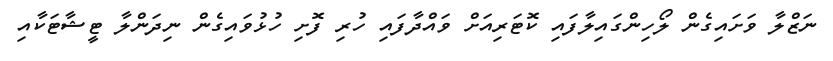
ނަޒްލާ ވަށައިގެން ލޯހިންގައިލާފައި ކޮޓަރިއަށް ވައްދާފައި ހުރި ފޮށި ހުޅުވައިގެން ނިދަންލާ ޓީޝާޓަކާއި